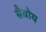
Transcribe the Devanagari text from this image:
सैवोय